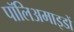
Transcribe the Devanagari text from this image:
पॉलिअमाइडों